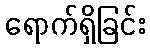
ရောက်ရှိခြင်း